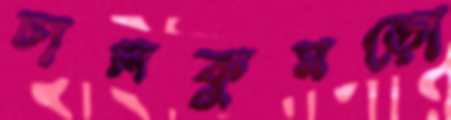
চালকুমড়ো